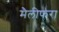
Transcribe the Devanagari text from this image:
मैलीफरा